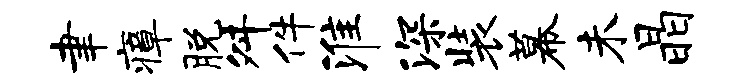
聿瘴脱舛件淮深装幕未晶